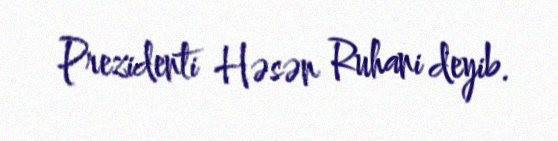
Prezidenti Həsən Ruhani deyib.